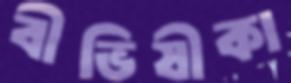
বীভিষীকা